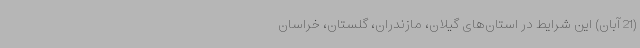
(21 آبان) این شرایط در استان‌های گیلان، مازندران، گلستان، خراسان